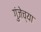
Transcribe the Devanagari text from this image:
गुंजेच्या